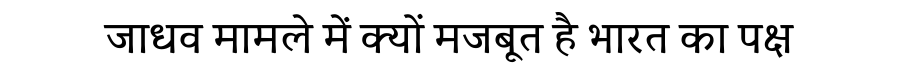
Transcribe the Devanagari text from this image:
जाधव मामले में क्यों मजबूत है भारत का पक्ष